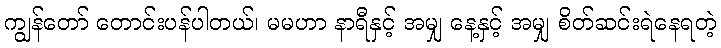
ကျွန်တော် တောင်းပန်ပါတယ်၊ မမဟာ နာရီနှင့် အမျှ နေ့နှင့် အမျှ စိတ်ဆင်းရဲနေရတဲ့